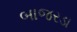
બાજરડા